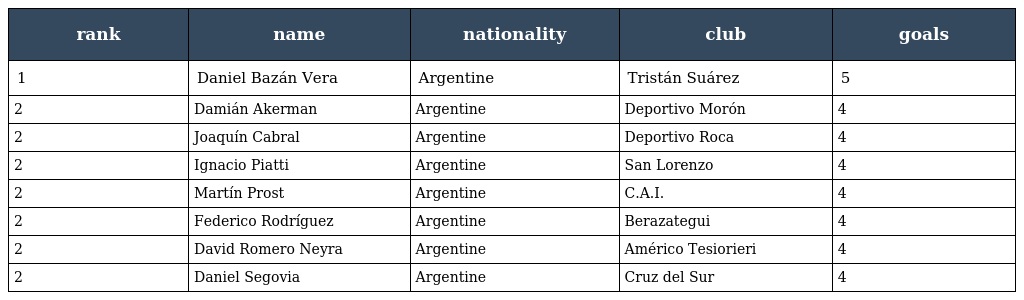
| rank | name | nationality | club | goals |
 | --- | --- | --- | --- | --- |
 | 1 | Daniel Bazán Vera | Argentine | Tristán Suárez | 5 |
 | 2 | Damián Akerman | Argentine | Deportivo Morón | 4 |
 | 2 | Joaquín Cabral | Argentine | Deportivo Roca | 4 |
 | 2 | Ignacio Piatti | Argentine | San Lorenzo | 4 |
 | 2 | Martín Prost | Argentine | C.A.I. | 4 |
 | 2 | Federico Rodríguez | Argentine | Berazategui | 4 |
 | 2 | David Romero Neyra | Argentine | Américo Tesiorieri | 4 |
 | 2 | Daniel Segovia | Argentine | Cruz del Sur | 4 |